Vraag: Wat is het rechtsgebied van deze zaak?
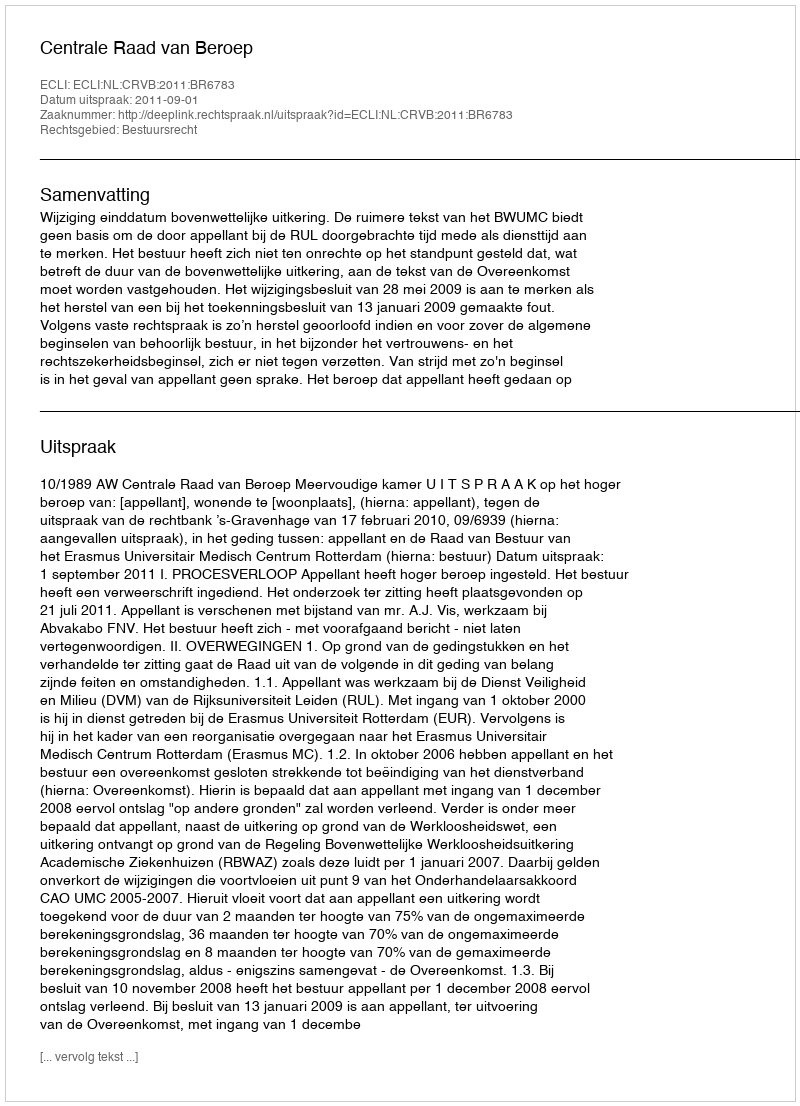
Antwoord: Bestuursrecht